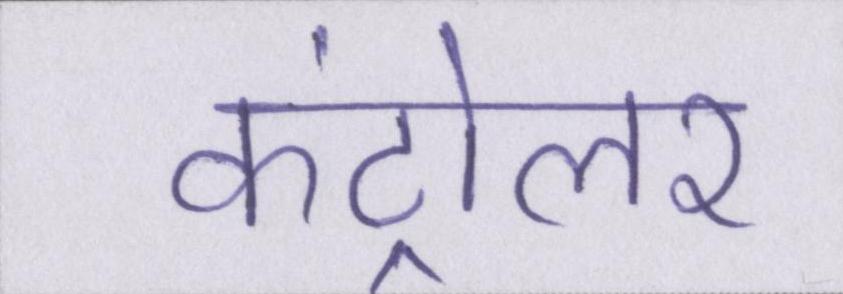
कंट्रोलर